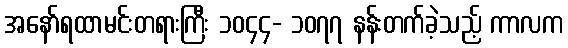
အနော်ရထာမင်းတရားကြီး ၁၀၄၄- ၁၀၇၇ နန်းတက်ခဲ့သည့် ကာလက